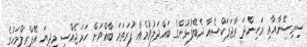
ސިރިސޭނާއާއި މަހިންދަ ރާޖަޕަކްސެއާ ދެބޭފުޅުންގެ ބައްދަލުވުމެއް ފުރަތަމަ ބާއްވަން ހަމަޖެއްސީ މިދިޔަ އޭޕްރީލްމަހުގެ